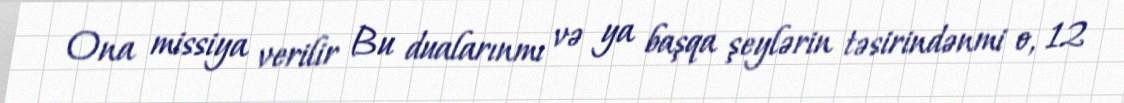
Ona missiya verilir Bu dualarınmı və ya başqa şeylərin təsirindənmi o, 12